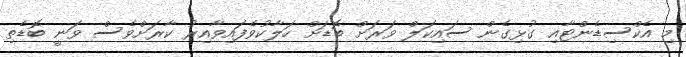
މި އެކްސިޑެންޓާއި ގުޅިގެން ސައިކަލް ވަރަށް ބޮޑަށް ހަލާކުވެފައިވާއިރު ކާރަށްވެސް ވަނީ ބޮޑެތި